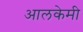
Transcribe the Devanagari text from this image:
आलकेमी